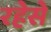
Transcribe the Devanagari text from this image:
रहेसे